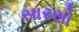
સારસો